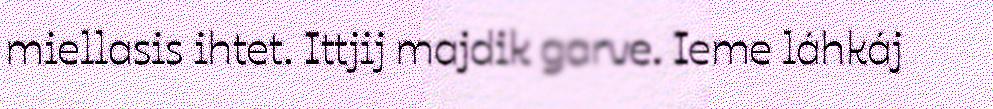
miellasis ihtet. Ittjij majdik garve. Ieme láhkáj